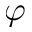
\varphi